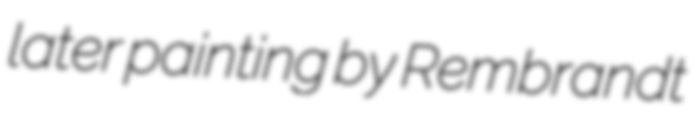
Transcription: later painting by Rembrandt